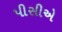
પીસીએ